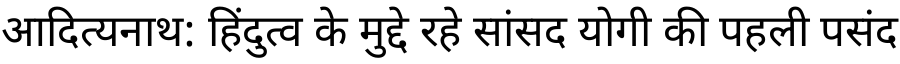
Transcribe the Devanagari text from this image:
आदित्यनाथ: हिंदुत्व के मुद्दे रहे सांसद योगी की पहली पसंद